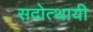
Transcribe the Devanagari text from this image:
सदोत्थायी